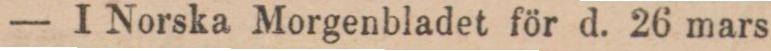
— I Norska Morgenbladet för d. 26 mars